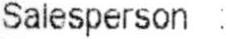
SALESPERSON: